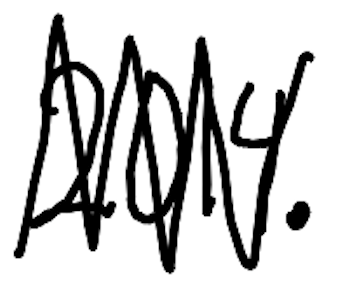
Text: 2014.
Cross-out: zig-zag
Writing tool: digital_black